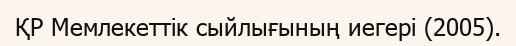
ҚР Мемлекеттік сыйлығының иегері (2005).